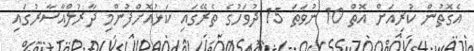
އެގޮތުން ކުރިއަށް އޮތް 10 ނުވަތަ 15 ދުވަހުގެ ތެރޭގައި ކަޅުއޮށްފުންމި ދާރުލްއާސާރުގައި